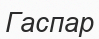
Гаспар